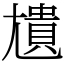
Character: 尵